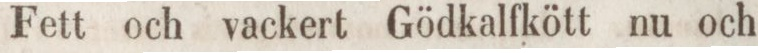
Fett och vackert Gödkalfkött nu och